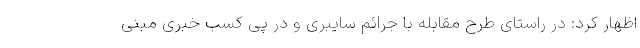
اظهار کرد: در راستای طرح مقابله با جرائم سایبری و در پی کسب خبری مبنی